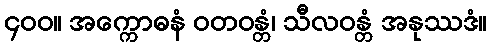
၄၀၀။ အက္ကောဓနံ ဝတဝန္တံ၊ သီလဝန္တံ အနုဿဒံ။